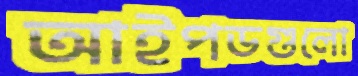
আইপডগুলো